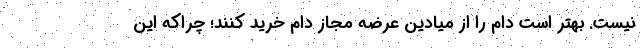
نیست. بهتر است دام را از میادین عرضه مجاز دام خرید کنند؛ چراکه این